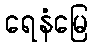
ရေနံမြေ